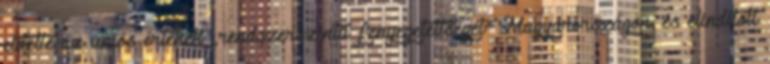
elítélte az uniós értékek „rendszerszintű fenyegetettségét” Magyarországon, és elindított